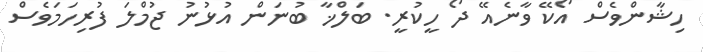
ހިޝާންވެސް އޯކޭ ވާނެއޭ ދޯ ހީކުރީ. ބަލްޚާ ބުނަން އުޅުނު ޖުމްލަ ފުރިހަމަވެސް